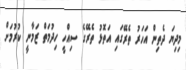
މިދިޔަ ދެތިން އަހަރު ތެރޭގައި އަތޮޅު ތެރޭގެ ސިއްހީ ހިދުމަތް ޒަމާނީ ކުރުމަށް